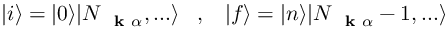
| i \rangle = | 0 \rangle | N _ { \mathrm { ~ \bf ~ k ~ } \alpha } , . . . \rangle \; \; \; , \; \; \; | f \rangle = | n \rangle | N _ { \mathrm { ~ \bf ~ k ~ } \alpha } - 1 , . . . \rangle